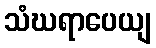
သံဃရာပေယျ